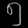
Digit: ၅